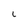
Character: L